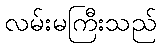
လမ်းမကြီးသည်